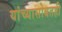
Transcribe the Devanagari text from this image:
यांच्यासोबतही